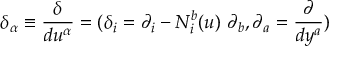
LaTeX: { \delta } _ { \alpha } \equiv \frac { \delta } { d u ^ { \alpha } } = ( \delta _ { i } = \partial _ { i } - N _ { i } ^ { b } ( u ) \ \partial _ { b } , \partial _ { a } = \frac { \partial } { d y ^ { a } } )